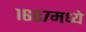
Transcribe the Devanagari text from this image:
१६८७मध्ये